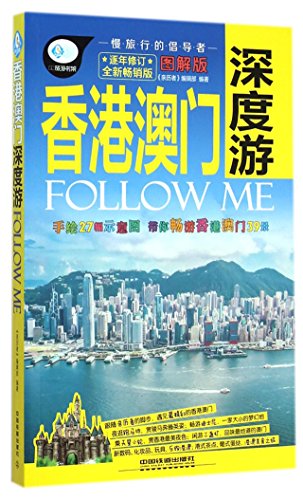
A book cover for Follow Me to Tour in Hong Kong and Macao (The New Illustrated Version); Qin Li Zhe Bian Ji Bu; Travel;